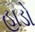
હાડો